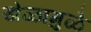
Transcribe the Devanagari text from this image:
खेळामुळे